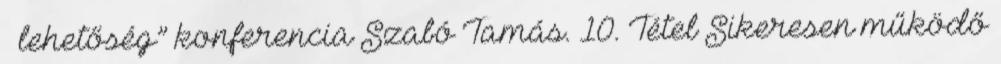
– lehetőség” konferencia Szabó Tamás. 10. Tétel Sikeresen működő